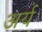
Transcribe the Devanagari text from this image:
अर्य